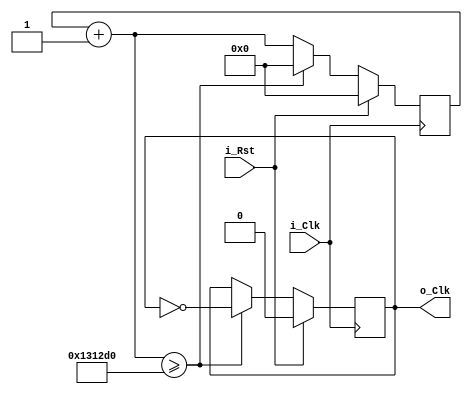
`timescale 1ns / 1ps

module clock_divider(
    input i_Rst,
    input i_Clk,
    output o_Clk
);

parameter divide_by = 1250000;

reg [31:0] _Counter;
reg _Clk;

assign o_Clk = _Clk;

always @(posedge i_Clk) begin
    if (i_Rst == 1'b1) begin
        _Counter <= 0;
        _Clk <= 0;
    end
    else begin
        _Counter = _Counter + 1;
        
        if (_Counter >= divide_by) begin
            _Counter <= 0;
            
            _Clk <= _Clk ^ 1;
        end
    end    
end

endmodule